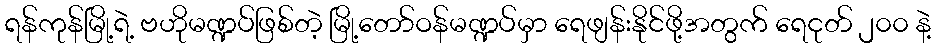
ရန်ကုန်မြို့ရဲ့ ဗဟိုမဏ္ဍပ်ဖြစ်တဲ့ မြို့တော်ဝန်မဏ္ဍပ်မှာ ရေဖျန်းနိုင်ဖို့အတွက် ရေငုတ် ၂၀၀ နဲ့